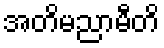
အတိမညာမီတိ